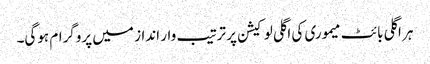
ہر اگلی بائٹ میموری کی اگلی لوکیشن پر ترتیب وار انداز میں پروگرام ہوگی۔